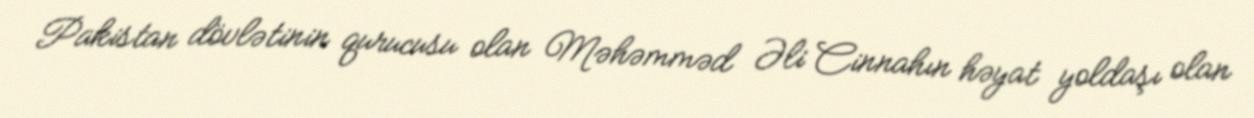
Pakistan dövlətinin qurucusu olan Məhəmməd Əli Cinnahın həyat yoldaşı olan